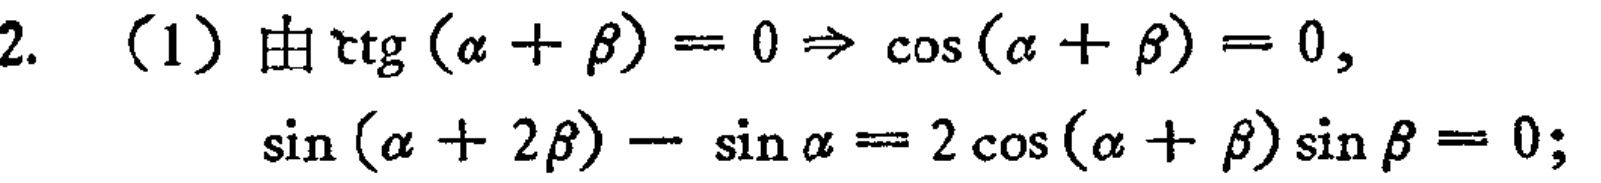
2. （1）由$\mathrm{tg}(\alpha + \beta)=0\Rightarrow \cos(\alpha + \beta)=0,$
$\sin(\alpha + 2\beta)-\sin\alpha = 2\cos(\alpha + \beta)\sin\beta = 0;$